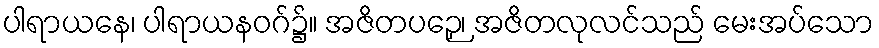
ပါရာယနေ၊ ပါရာယနဝဂ်၌။ အဇိတပဉှေ၊ အဇိတလုလင်သည် မေးအပ်သော